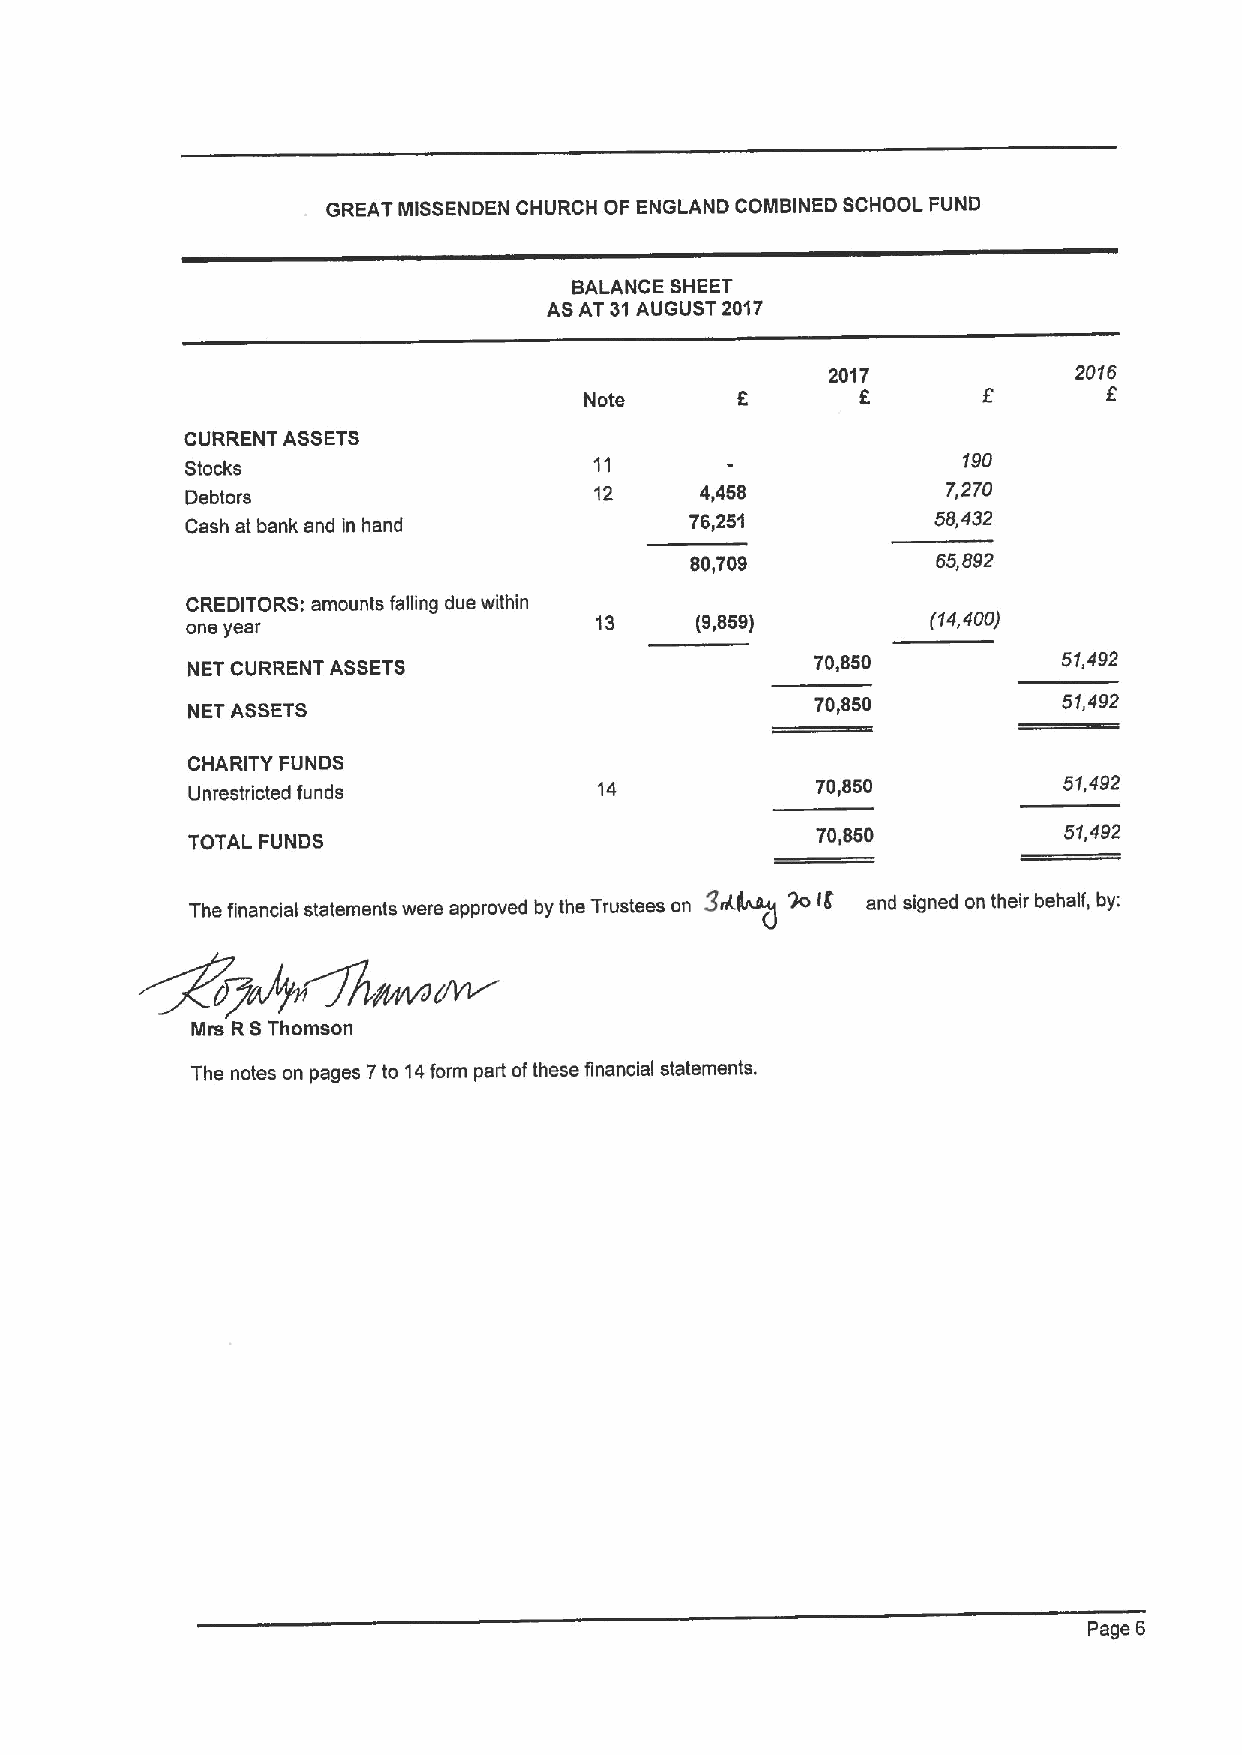
GREAT IIIIISSENDEN CHURCH OF ENGLAND COMBINED SCHOOL FUND
 BALANCE SHEET
 AS AT 31AUGUST 2017
 2017            2016
 f
 Note              E
 CURRENT ASSETS
 Stocks                     11                       190
 Debtors                    12     4,458            7,270
 Cash at bank and in hand          76,251          58,432
 80,709          65,892
 CREDITORS: amounts falling due within
 one year                   13     (9,859)         ff4,400)
 NET CURRENT ASSETS                        70,850          51,492
 NET ASSETS                                70,850          51,492
 CHARITY FUNDS
 Unrestricted funds          14            70,850          51,492
 70,850          51,492
 TOTAL FUNDS
 The financial statements were approved by the Trustees on 9sfg go If and signed on their behalf, by:
 Mrs RSThomson
 The notes on pages 7to 14form part ofthese financial statements.
 Page 6